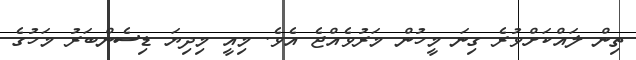
ތިން ލައްކަށްވުރެ ގިނަ މީހުން މަރުވެއްޖެ އެވެ. މިއީ މިދިޔަ ޑިސެންބަރު މަހުގެ